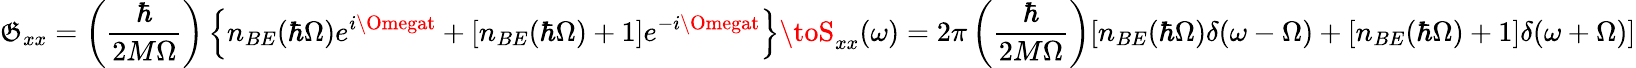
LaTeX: \mathfrak{G}_{xx}=\left({\frac{{\hbar}}{{2M\Omega}}}\right)\left\{ n_{BE}(\hbar\Omega)e^{i\Omegat}+[n_{BE}(\hbar\Omega)+1]e^{-i\Omegat}\right\} \toS_{xx}(\omega)=2\pi\left({\frac{{\hbar}}{{2M\Omega}}}\right)[n_{BE}(\hbar\Omega)\delta(\omega-\Omega)+[n_{BE}(\hbar\Omega)+1]\delta(\omega+\Omega)]